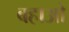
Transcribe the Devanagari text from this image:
बहाओ